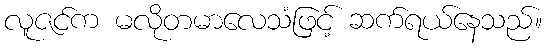
လူဇင်က မလိုတမာလေသံဖြင့် ဆက်ရယ်နေသည်။